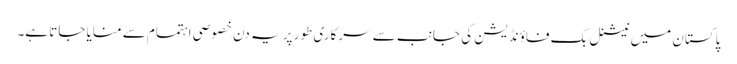
پاکستان میں نیشنل بک فاؤنڈیشن کی جانب سے سرکاری طور پر یہ دن خصوصی اہتمام سے منایا جاتا ہے۔